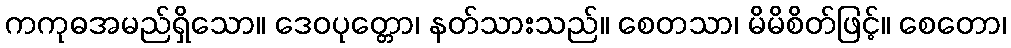
ကကုဓအမည်ရှိသော။ ဒေဝပုတ္တော၊ နတ်သားသည်။ စေတသာ၊ မိမိစိတ်ဖြင့်။ စေတော၊